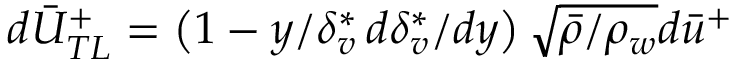
d \bar { U } _ { T L } ^ { + } = \left( 1 - y / \delta _ { v } ^ { * } \, d \delta _ { v } ^ { * } / d y \right) \sqrt { \bar { \rho } / \rho _ { w } } d \bar { u } ^ { + }